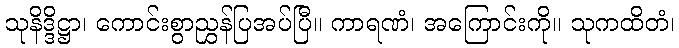
သုနိဒ္ဒိဋ္ဌာ၊ ကောင်းစွာညွှန်ပြအပ်ပြီ။ ကာရဏံ၊ အကြောင်းကို။ သုကထိတံ၊